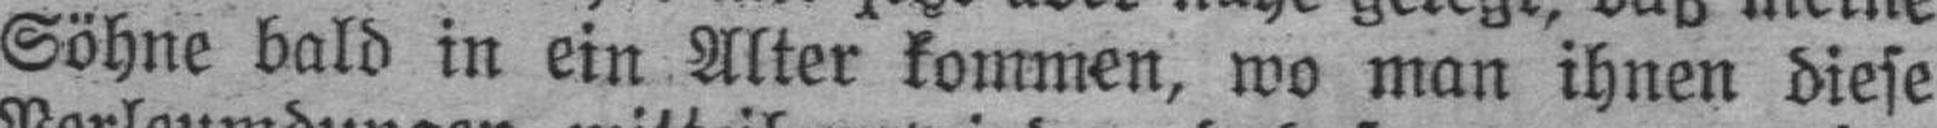
Söhne bald in ein Alter kommen, wo man ihnen diese